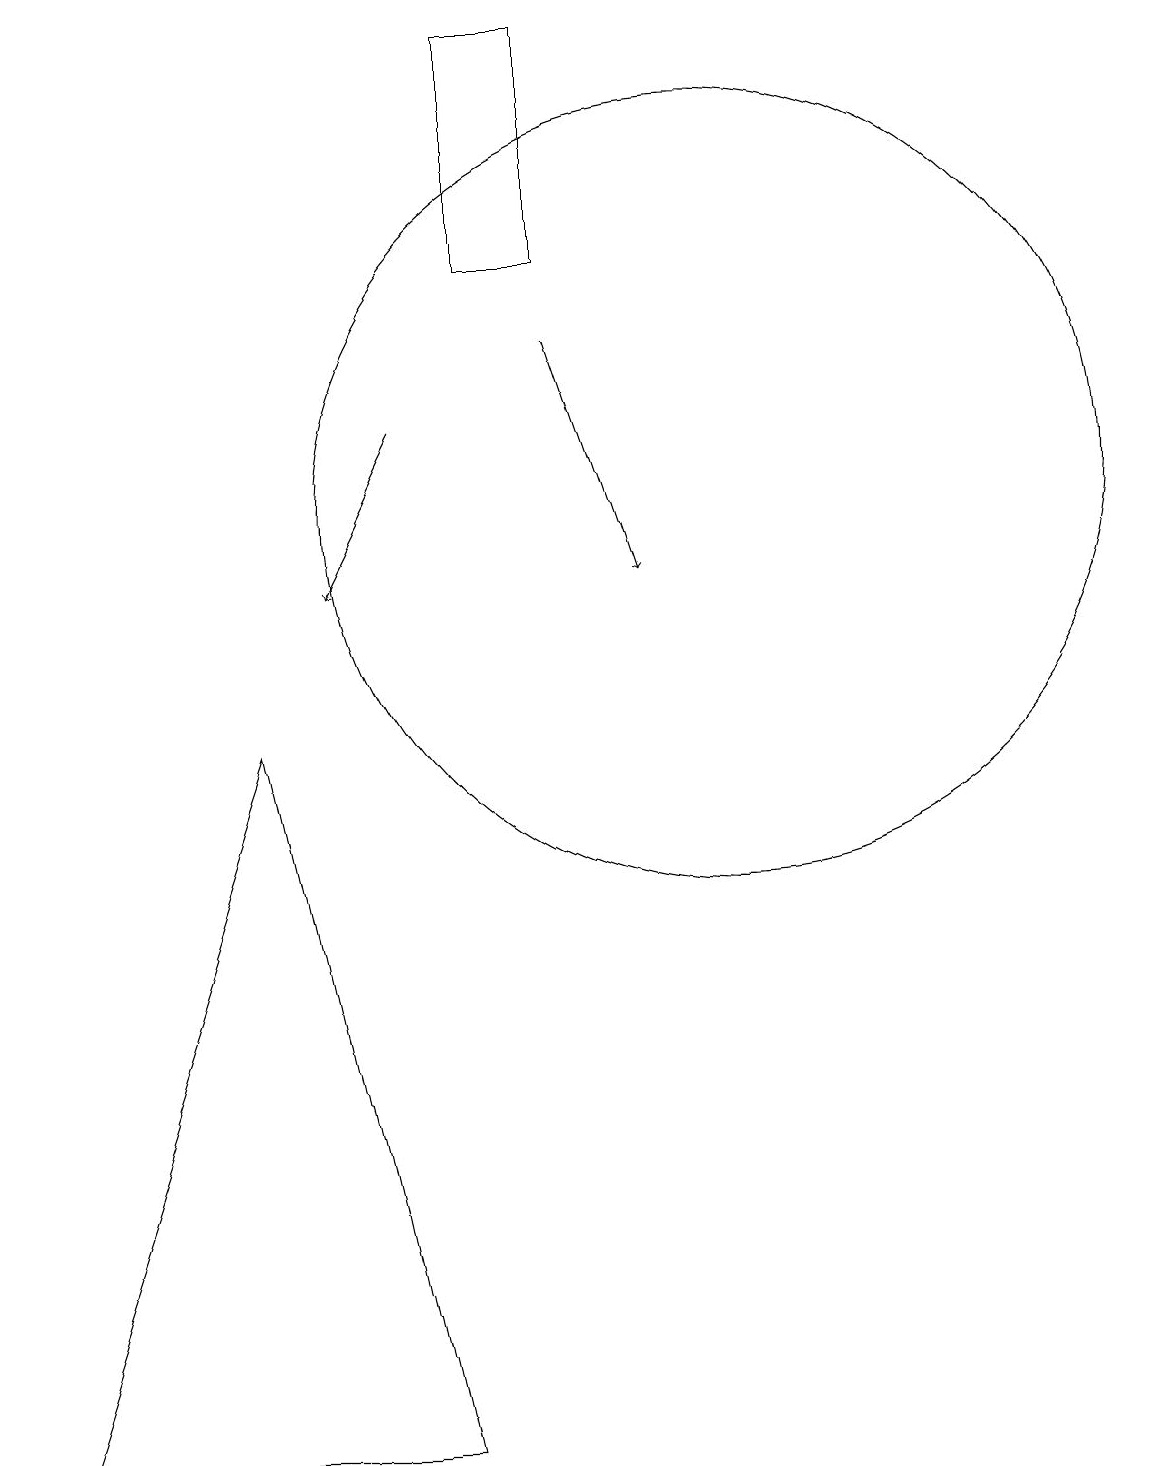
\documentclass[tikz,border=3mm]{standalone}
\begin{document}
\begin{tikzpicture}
\draw (11,10) circle (0);
\draw (7,18) rectangle (8,15);
\draw (10,12) circle (5);
\draw (6,0) -- (1,0) -- (4,9) -- cycle;
\draw[->] (6,13) -- (5,11);
\draw[->] (8,14) -- (9,11);
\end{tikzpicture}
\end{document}